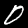
Label: 0